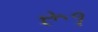
રૂ૧